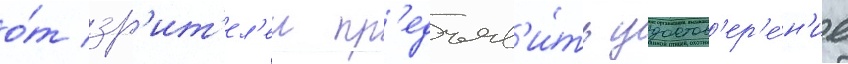
о́т зр'ит'ел'еи пр'едъяв'и́ть удостов'ер'е́н'ие